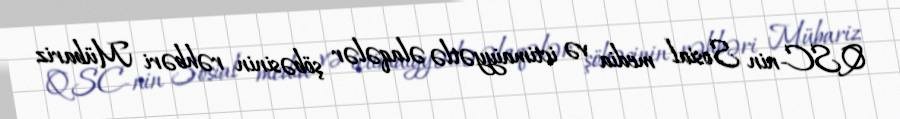
QSC-nin Sosial media və ictimaiyyətlə əlaqələr şöbəsinin rəhbəri Mübariz